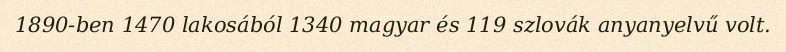
1890-ben 1470 lakosából 1340 magyar és 119 szlovák anyanyelvű volt.